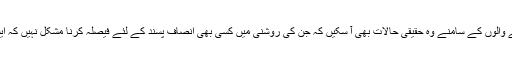
اس لئے اس ذات اقدس کا تفصیلی جائزہ لیا گیا ہے کہ ماننے والوں کے سامنے وہ حقیقی حالات بھی آ سکیں کہ جن کی روشنی میں کسی بھی انصاف پسند کے لئے فیصلہ کرنا مشکل نہیں کہ ایسی ذات شریفہ کا کوئی بھی دعویٰ کیا وزن رکھ سکتا ہے؟